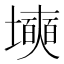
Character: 㙽